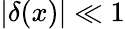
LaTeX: \vert\delta(x)\vert\ll 1